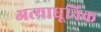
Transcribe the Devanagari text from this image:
अत्याधूनिक